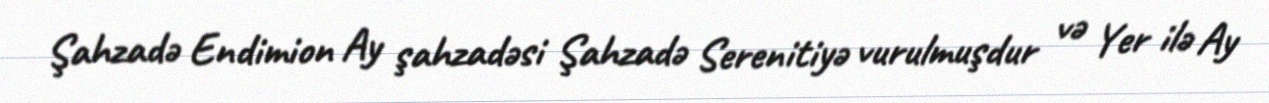
Şahzadə Endimion Ay şahzadəsi Şahzadə Serenitiyə vurulmuşdur və Yer ilə Ay